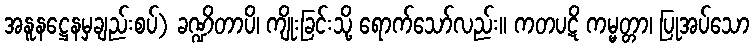
အနူနဋ္ဌေနမှချည်းစပ်) ခဏ္ဍိတာပိ၊ ကျိုးခြင်းသို့ ရောက်သော်လည်း။ ကတပဋိ ကမ္မတ္တာ၊ ပြုအပ်သော